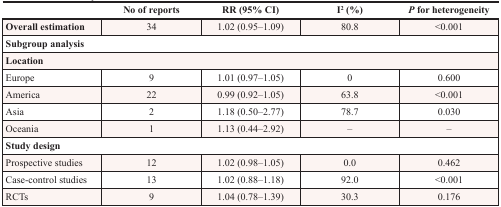
<table><thead><tr><td></td><td><b>No of reports</b></td><td><b>RR (95% CI)</b></td><td><b>I<sup>2</sup> (%)</b></td><td><b><i>P</i> for heterogeneity</b></td></tr></thead><tbody><tr><td><b>Overall estimation</b></td><td>34</td><td>1.02 (0.95–1.09)</td><td>80.8</td><td>&lt;0.001</td></tr><tr><td colspan="5"><b>Subgroup analysis</b></td></tr><tr><td colspan="5"><b>Location</b></td></tr><tr><td>Europe</td><td>9</td><td>1.01 (0.97–1.05)</td><td>0</td><td>0.600</td></tr><tr><td>America</td><td>22</td><td>0.99 (0.92–1.05)</td><td>63.8</td><td>&lt;0.001</td></tr><tr><td>Asia</td><td>2</td><td>1.18 (0.50–2.77)</td><td>78.7</td><td>0.030</td></tr><tr><td>Oceania</td><td>1</td><td>1.13 (0.44–2.92)</td><td>–</td><td>–</td></tr><tr><td colspan="5"><b>Study design</b></td></tr><tr><td>Prospective studies</td><td>12</td><td>1.02 (0.98–1.05)</td><td>0.0</td><td>0.462</td></tr><tr><td>Case-control studies</td><td>13</td><td>1.02 (0.88–1.18)</td><td>92.0</td><td>&lt;0.001</td></tr><tr><td>RCTs</td><td>9</td><td>1.04 (0.78–1.39)</td><td>30.3</td><td>0.176</td></tr></tbody></table>